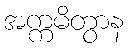
အက္ကမိတွာန